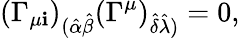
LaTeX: (\Gamma_{\mu\mathbf{i}})_{(\hat{{\alpha}}\hat{{\beta}}}(\Gamma^{\mu})_{\hat{{\delta}}\hat{{\lambda}})}=0,